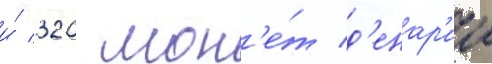
и́ 320 мон'е́т д'енар'ии